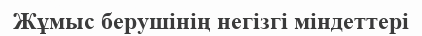
Жұмыс берушінің негізгі міндеттері